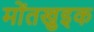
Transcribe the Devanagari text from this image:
मोंतखुइक